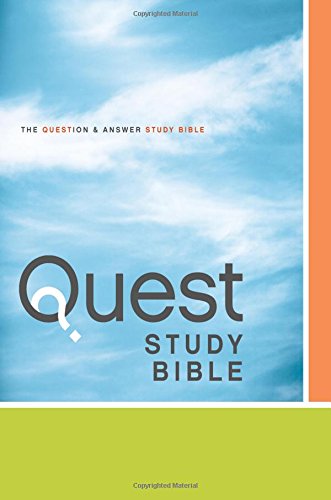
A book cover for NIV Quest Study Bible: The Question and Answer Bible; Zondervan; Christian Books & Bibles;